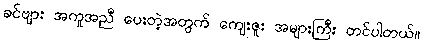
ခင်ဗျား အကူအညီ ပေးတဲ့အတွက် ကျေးဇူး အများကြီး တင်ပါတယ်။